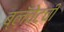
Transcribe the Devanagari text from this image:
ब्लँचेटची